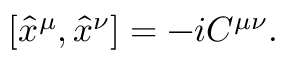
[ \hat { x } ^ { \mu } , \hat { x } ^ { \nu } ] = - i C ^ { \mu \nu } .